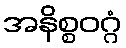
အနိစ္စဝဂ္ဂံ